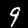
Label: 9